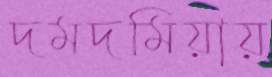
দমদমিয়ায়